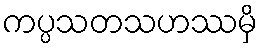
ကပ္ပသတသဟဿမှိ